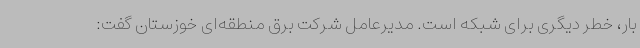
بار، خطر دیگری برای شبکه است. مدیرعامل شرکت برق منطقه‌ای خوزستان گفت: